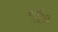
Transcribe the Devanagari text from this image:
शाँब्री